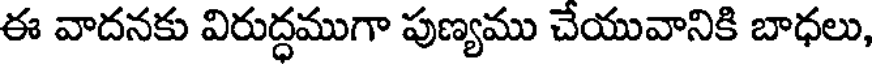
ఈ వాదనకు విరుద్ధముగా పుణ్యము చేయువానికి బాధలు,